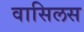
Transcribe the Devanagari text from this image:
वासिलस